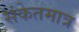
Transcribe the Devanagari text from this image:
संकेतमात्र